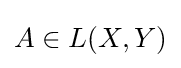
{\textstyle A\in L(X,Y)}